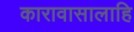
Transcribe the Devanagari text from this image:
कारावासालाहि